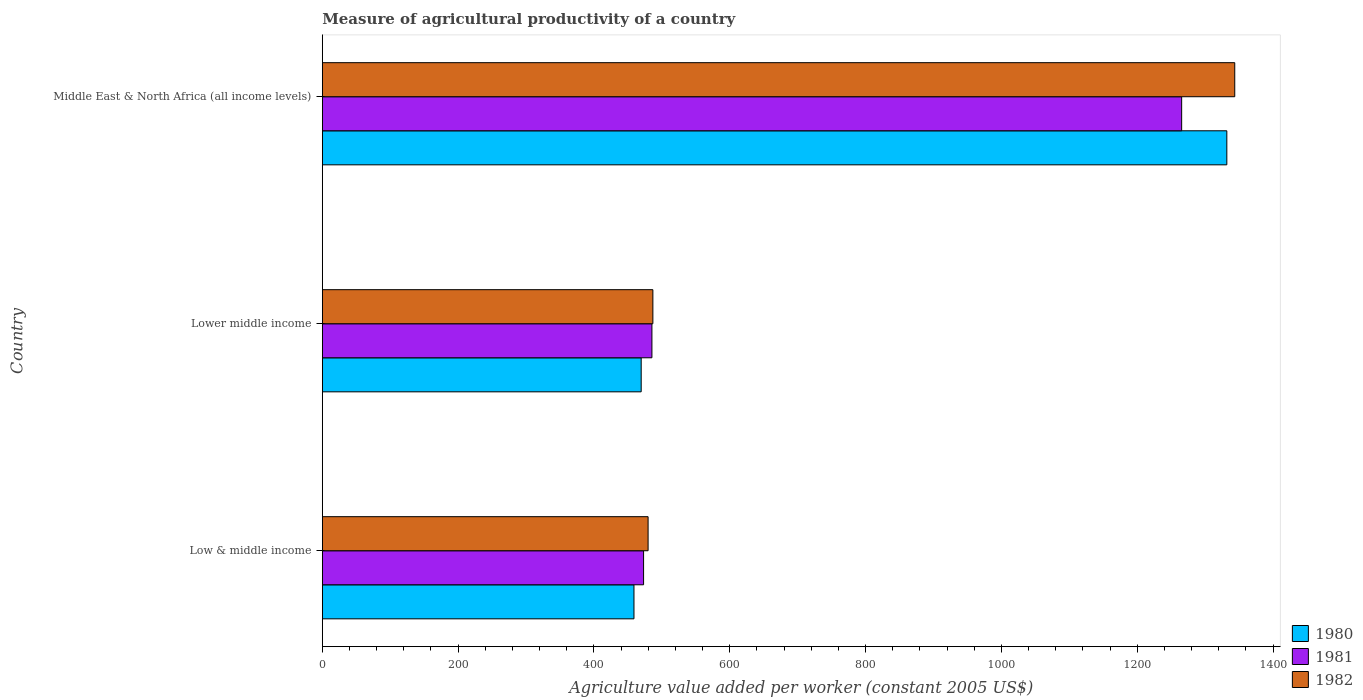
| Country | 1980 | 1981 | 1982 |
 | --- | --- | --- | --- |
 | Low & middle income | 459 | 473 | 480 |
 | Lower middle income | 470 | 485 | 487 |
 | Middle East & North Africa (all income levels) | 1.33e+03 | 1.27e+03 | 1.34e+03 |